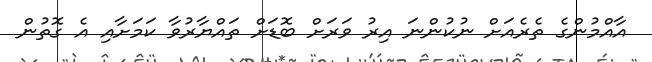
އާއްމުންގެ ތެރެއަށް ނުކުންނަ އިރު ވަރަށް ބޮޑަށް ތައްޔާރުވާ ކަމަށާއި އެ ގޮތުން